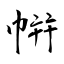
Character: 帲